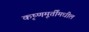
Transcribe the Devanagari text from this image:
कृष्णमूर्तींमधील